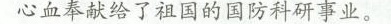
心血奉献给了祖国的国防科研事业。